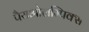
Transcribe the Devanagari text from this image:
पैराओलम्पिक्स